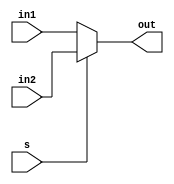
module mux21(in1,in2,s,out);

    input   [31:0] in1,in2;
    input    s;
    output reg   [31:0] out;

    always @(*) begin
        if(s==1'b0)
            out <= in1;
        else
            out <= in2;
    end
    

endmodule

module mux41(in1,in2,in3,in4,s,out);
    input   [31:0] in1,in2,in3,in4;
    input   [1:0] s;
    output reg  [31:0] out;

    always @(*) begin
        case(s)
            0: out = in1;
            1: out = in2;
            2: out = in3;
            3: out = in4;
        endcase
    end

endmodule